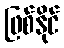
ဖြစ်နိုင်